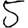
Digit: 5